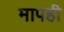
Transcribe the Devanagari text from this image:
मापही